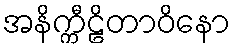
အနိက္ကီဠိတာဝိနော